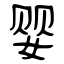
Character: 婴